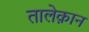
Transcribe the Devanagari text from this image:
तालेक़ान